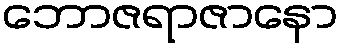
ဘောဇရာဇာနော